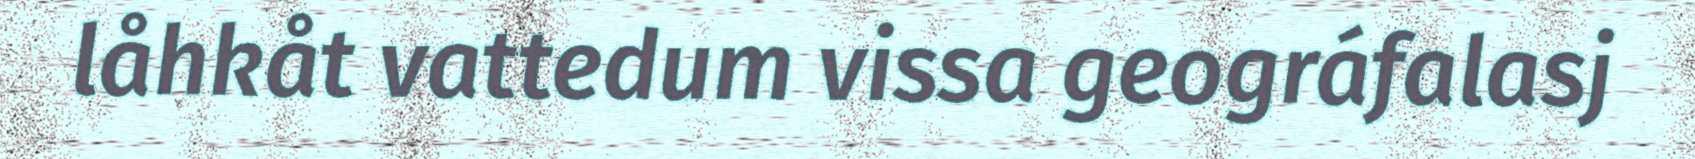
låhkåt vattedum vissa geográfalasj